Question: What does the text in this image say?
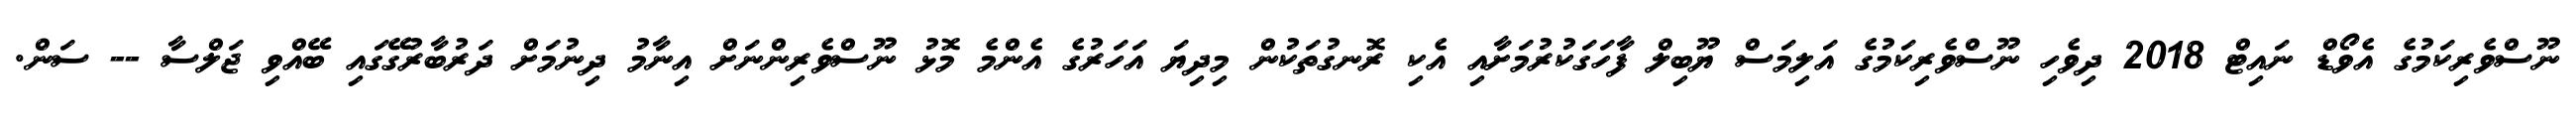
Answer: ނޫސްވެރިކަމުގެ އެވޯޑް ނައިޓް 2018 ދިވެހި ނޫސްވެރިކަމުގެ އަލިމަސް ޔޫބިލް ފާހަގަކުރުމަށާއި އެކި ރޮނގުތަކުން މިދިޔަ އަހަރުގެ އެންމެ މޮޅު ނޫސްވެރިންނަށް އިނާމު ދިނުމަށް ދަރުބާރުގޭގައި ބޭއްވި ޖަލްސާ -- ސަން.